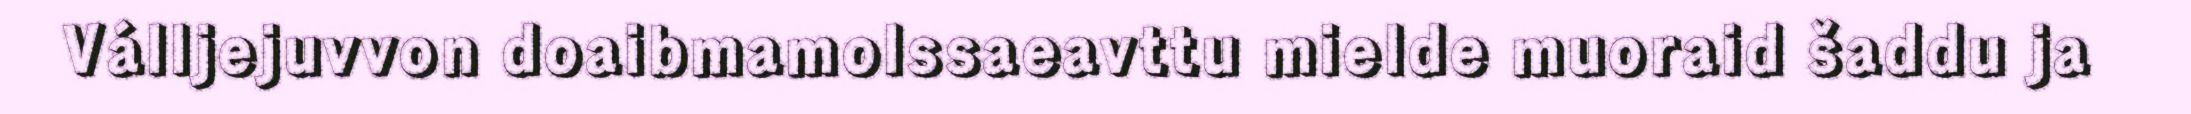
Válljejuvvon doaibmamolssaeavttu mielde muoraid šaddu ja